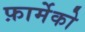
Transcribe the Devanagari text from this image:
फ़ार्मेको